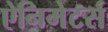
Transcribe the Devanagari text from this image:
ऐनिमेटर्स